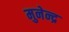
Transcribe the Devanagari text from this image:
मुनेन्द्र